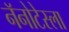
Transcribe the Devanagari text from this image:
नॅनोटेस्ला